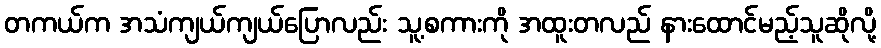
တကယ်က အသံကျယ်ကျယ်ပြောလည်း သူ့စကားကို အထူးတလည် နားထောင်မည့်သူဆိုလို့